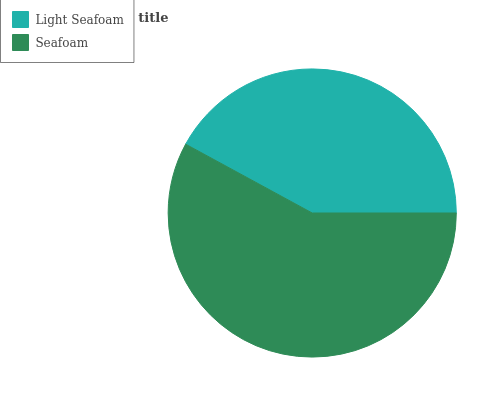
| Light Seafoam | Seafoam |
 | --- | --- |
 | 42% | 58% |